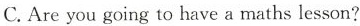
C.Are you going to have a maths lesson?